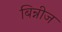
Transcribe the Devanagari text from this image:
बिन्नीज